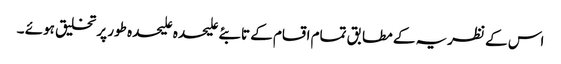
اس کے نظریہ کے مطابق تمام اقسام کے تابئے علیحدہ علیحدہ طور پر تخلیق ہوئے ۔